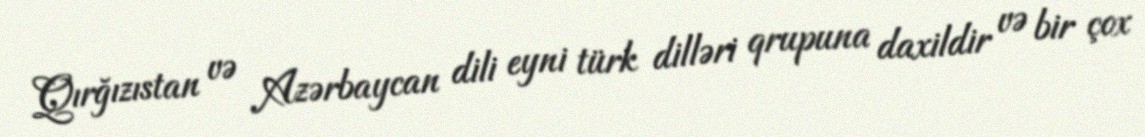
Qırğızıstan və Azərbaycan dili eyni türk dilləri qrupuna daxildir və bir çox